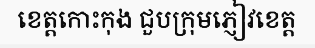
ខេត្តកោះកុង ជួបក្រុមភ្ញៀវខេត្ត